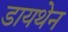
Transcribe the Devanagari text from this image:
डायथेन